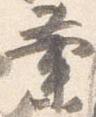
業